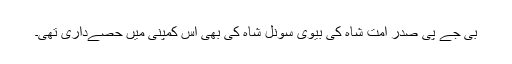
بی جے پی صدر امت شاہ کی بیوی سونل شاہ کی بھی اس کمپنی میں حصےداری تھی۔